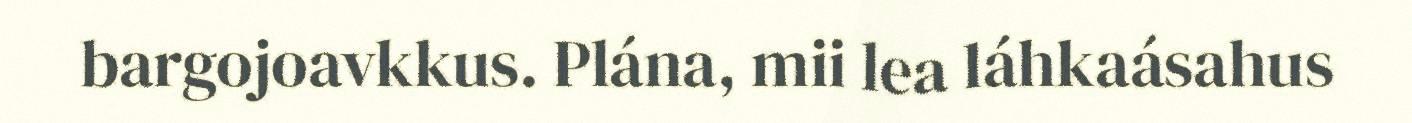
bargojoavkkus. Plána, mii lea láhkaásahus